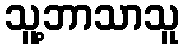
သူ့ဘာသာသူ